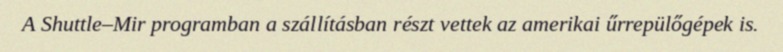
A Shuttle–Mir programban a szállításban részt vettek az amerikai űrrepülőgépek is.